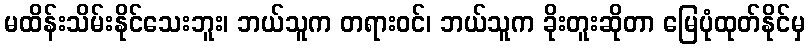
မထိန်းသိမ်းနိုင်သေးဘူး၊ ဘယ်သူက တရားဝင်၊ ဘယ်သူက ခိုးတူးဆိုတာ မြေပုံထုတ်နိုင်မှ